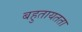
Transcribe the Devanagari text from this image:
बहुतायतता